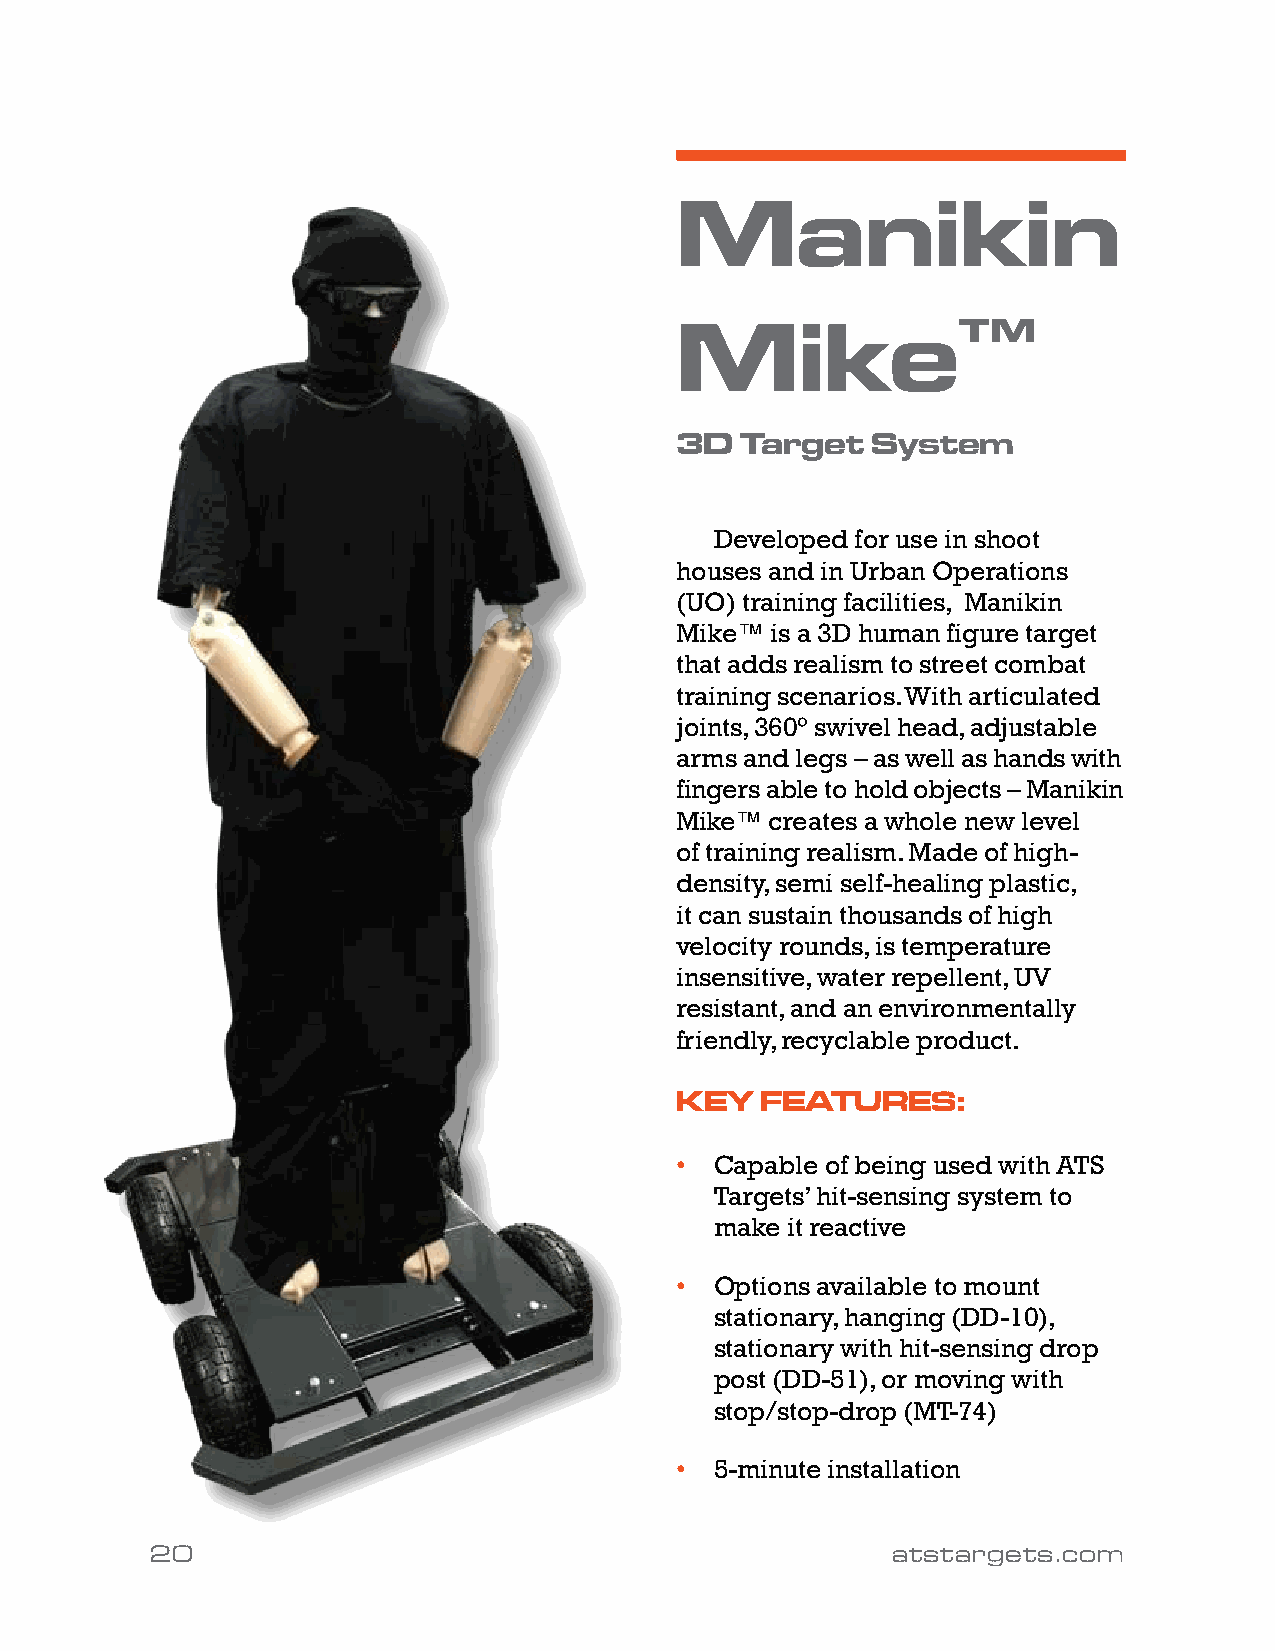
Manikin
 Mike™
 3D  Target   System
 Developed for use in shoot
 houses and in Urban Operations
 (UO) training facilities, Manikin
 Mike™ is a 3D human figure target
 that adds realism to street combat
 training scenarios. With articulated
 joints, 360° swivel head, adjustable
 arms and legs – as well as hands with
 fingers able to hold objects – Manikin
 Mike™ creates a whole new level
 of training realism. Made of high-
 density, semi self-healing plastic,
 it can sustain thousands of high
 velocity rounds, is temperature
 insensitive, water repellent, UV
 resistant, and an environmentally
 friendly, recyclable product.
 KEY  FEATURES:
 • Capable of being used with ATS
 Targets’ hit-sensing system to
 make it reactive
 • Options available to mount
 stationary, hanging (DD-10),
 stationary with hit-sensing drop
 post (DD-51), or moving with
 stop/stop-drop (MT-74)
 • 5-minute installation
 20                                               atstargets.com